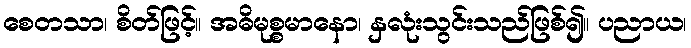
စေတသာ၊ စိတ်ဖြင့်။ အဓိမုစ္စမာနော၊ နှလုံးသွင်းသည်ဖြစ်၍။ ပညာယ၊